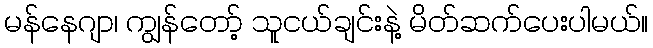
မန်နေဂျာ၊ ကျွန်တော့် သူငယ်ချင်းနဲ့ မိတ်ဆက်ပေးပါမယ်။